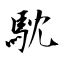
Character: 馾